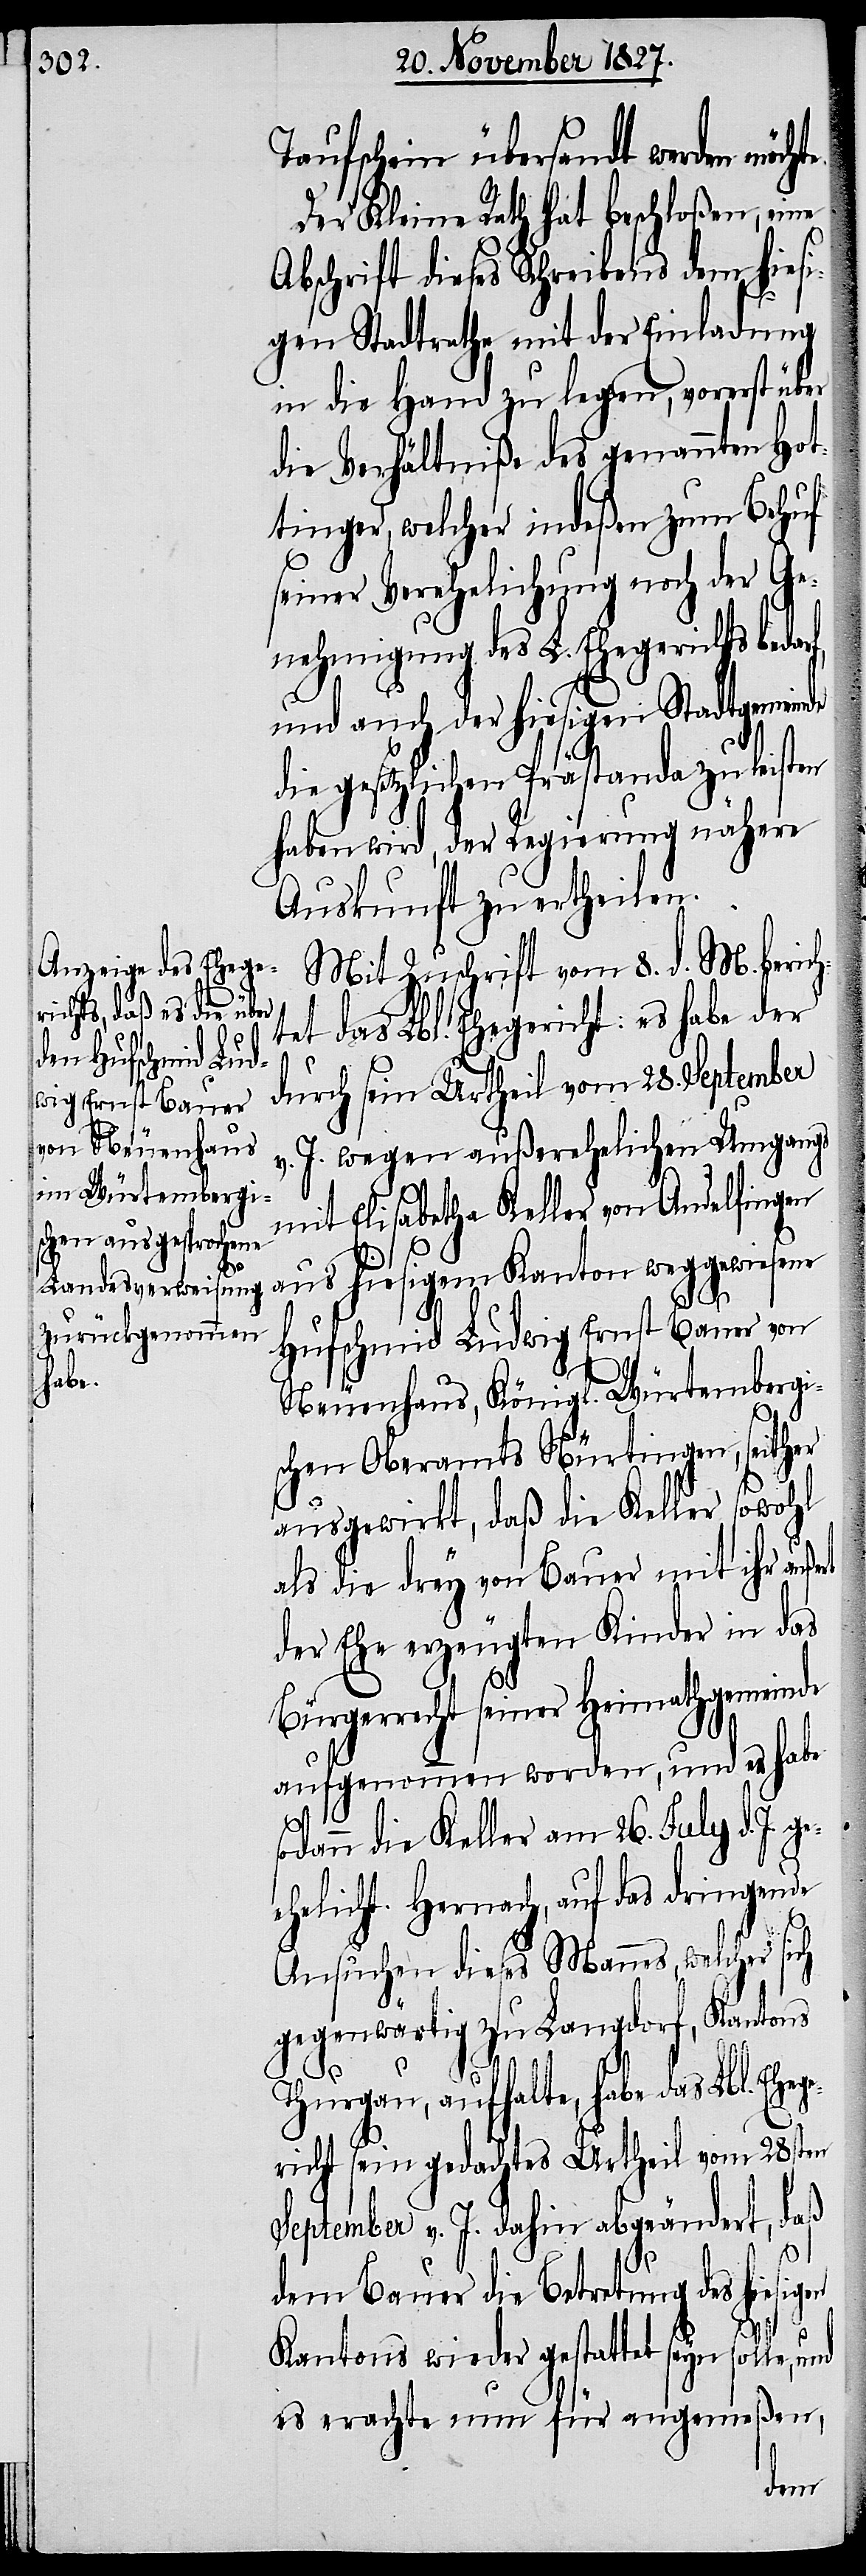
Taufschein übersandt werden möch¬
Der Kleine Rath hat beschloßen, eine
Abschrift dieses Schreibens dem hies¬
igen Stadtrathe mit der Einladung
in die Hand zu legen, vorerst über
die Verhältniße des genannten Hot¬
tinger, welcher indeßen zum Behuf
seiner Verehelichung noch der Ge¬
nehmigung des L. Ehegerichts beda¬
und auch der hiesigen Stadtgemeinde
gesetzlichen Prästanda zu leis¬
haben wird, der Regierung nähere
Auskunft zu ertheilen.
Mit Zuschrift vom 8. d. M. berich¬
tet das Lbl. Ehegericht: es habe der
durch sein Urtheil vom 28. September
v. J. wegen außerehelichen Umgangs
mit Elisabetha Keller von Andelfingen
aus hiesigem Kanton weggewiesene
ege¬
Hufschmid Ludwig Ernst Bauer von
Neuenhaus, Königl. Würtembergi¬
schen Oberamts Nürtingen, seither
ausgewirkt, daß die Keller sowohl
als die drey von Bauer mit ihr auße¬
der Ehe erzeugten Kinder in das
Bürgerrecht seiner Heimathgemeinde
aufgenommen worden, und er habe
te.
sodann die Keller am 26. July d. J. ge¬
ehelicht. Hernach, auf das dringende
Ansuchen dieses Mannes, welcher sich
gegenwärtig zu Langdorf, Kantons
Thurgau, aufhalte, habe das Lbl. Eh¬
richt sein gedachtes Urtheil vom 28sten
September v. J. dahin abgeändert, daß
rt
dem Bauer die Betretung des hiesigen
Kantons wieder gestattet seyn solle, und
es erachte nun für angemeßen,
ten